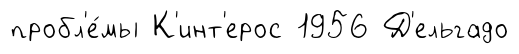
пробл'е́мы К'инт'ерос 1956 Д'ельгадо